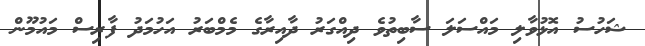
ޝަހުސު އޮޅުވާލި މައްސަލަ ސާބިތުވެ ދިއްގަރު ދާއިރާގެ މެމްބަރު އަހުމަދު ފާރިސް މައުމޫން